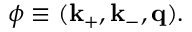
\phi \equiv ( \bf k _ { + } , k _ { - } , q ) .